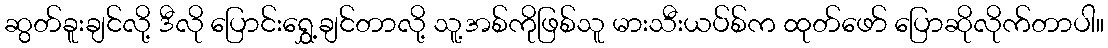
ဆွတ်ခူးချင်လို့ ဒီလို ပြောင်းရွှေ့ချင်တာလို့ သူ့အစ်ကိုဖြစ်သူ မားသီးယပ်စ်က ထုတ်ဖော် ပြောဆိုလိုက်တာပါ။